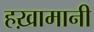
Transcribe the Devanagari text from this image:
हख़ामानी